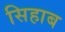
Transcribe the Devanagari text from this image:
सिहाब